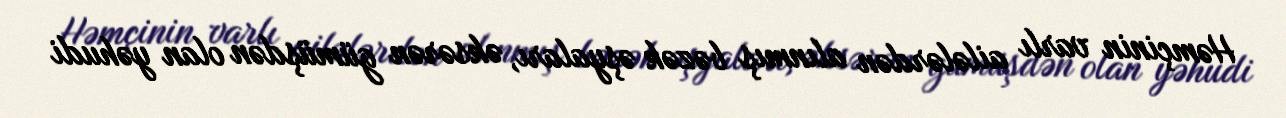
Həmçinin varlı ailələrdən alınmış bəzək əşyaları, əksərən gümüşdən olan yəhudi